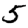
Digit: 5